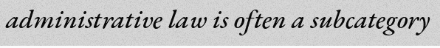
administrative law is often a subcategory